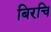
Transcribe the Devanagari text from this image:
बिरचि